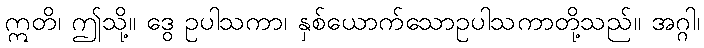
ဣတိ၊ ဤသို့။ ဒွေ ဥပါသကာ၊ နှစ်ယောက်သောဥပါသကာတို့သည်။ အဂ္ဂါ၊